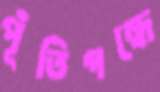
পূঁতিগন্ধে